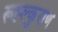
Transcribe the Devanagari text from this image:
रूह्ल्कुराण